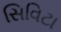
સિવિટા